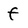
Character: f